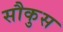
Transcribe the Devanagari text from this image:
सौकुस